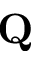
{ \bf Q }